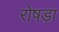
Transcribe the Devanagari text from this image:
रोषड़ा